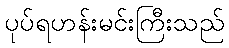
ပုပ်ရဟန်းမင်းကြီးသည်